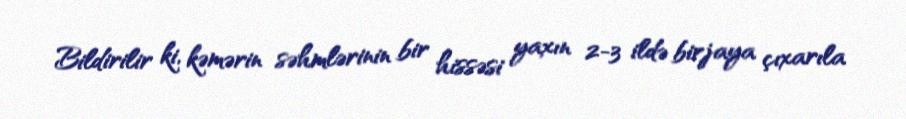
Bildirilir ki, kəmərin səhmlərinin bir hissəsi yaxın 2-3 ildə birjaya çıxarıla